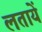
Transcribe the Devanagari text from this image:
लतायें